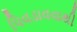
પિવડાવવાથી